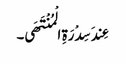
عِندَ سِدْرَةِ الْمُنْتَھَی۔